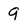
Character: 9